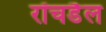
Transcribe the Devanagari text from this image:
रॉचडैल